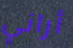
أراني